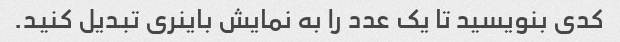
کدی بنویسید تا یک عدد را به نمایش باینری تبدیل کنید.